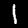
Digit: 1